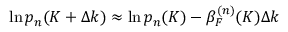
\ln p _ { n } ( K + \Delta k ) \approx \ln p _ { n } ( K ) - \beta _ { F } ^ { ( n ) } ( K ) \Delta k